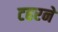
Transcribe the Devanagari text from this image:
टहरने